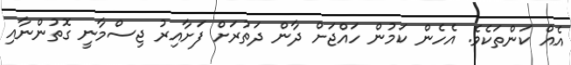
އެއް ކަންތަކެވެ. އެހެން ކަމުން ހައްޖަށް ދާން ދަތުރަށް ފަށާއިރު ޖިސްމާނީ ގޮތުންނާއި